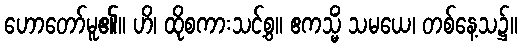
ဟောတော်မူ၏။ ဟိ၊ ထိုစကားသင့်စွ။ ဧကသ္မိံ သမယေ၊ တစ်နေ့သ၌။